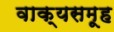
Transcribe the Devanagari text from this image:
वाक्यसमूह